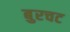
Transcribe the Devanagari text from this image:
बुरचट